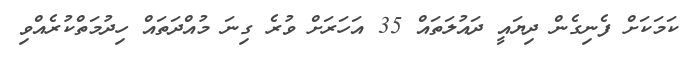
ކަމަކަށް ފެނިގެން ދިޔައީ ދައުލަތައް 35 އަހަރަށް ވުރެ ގިނަ މުއްދަތައް ހިދުމަތްކުރެއްވި